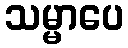
သမ္မာပေ